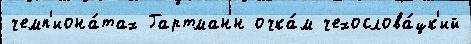
чемп'иона́тах Гартманн очка́м чехослова́цк'ий